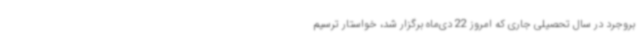
بروجرد در سال تحصیلی جاری که امروز 22 دی‌ماه برگزار شد، خواستار ترسیم